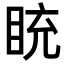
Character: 𥅻